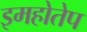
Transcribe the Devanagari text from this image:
इमहोतेप